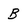
Character: B